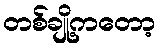
တစ်ချို့ကတော့